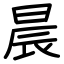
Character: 晨